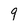
Character: 9